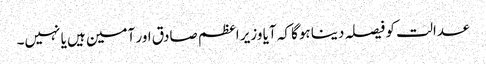
عدالت کو فیصلہ دینا ہوگا کہ آیا وزیر اعظم صادق اور آمین ہیں یا نہیں۔